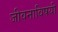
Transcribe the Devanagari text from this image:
जीवनाविषयी